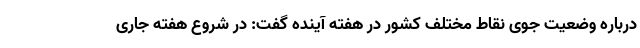
درباره وضعیت جوی نقاط مختلف کشور در هفته آینده گفت: در شروع هفته جاری